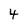
Character: 4